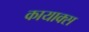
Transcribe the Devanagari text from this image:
कायाक्स